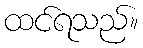
ထင်ရသည်။